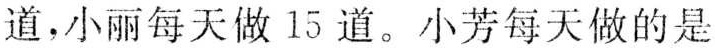
道，小丽每天做l5道。小芳每天做的是